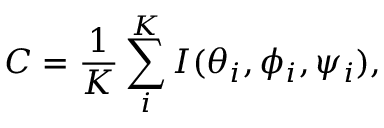
C = \frac { 1 } { K } \sum _ { i } ^ { K } I ( \theta _ { i } , \phi _ { i } , \psi _ { i } ) ,